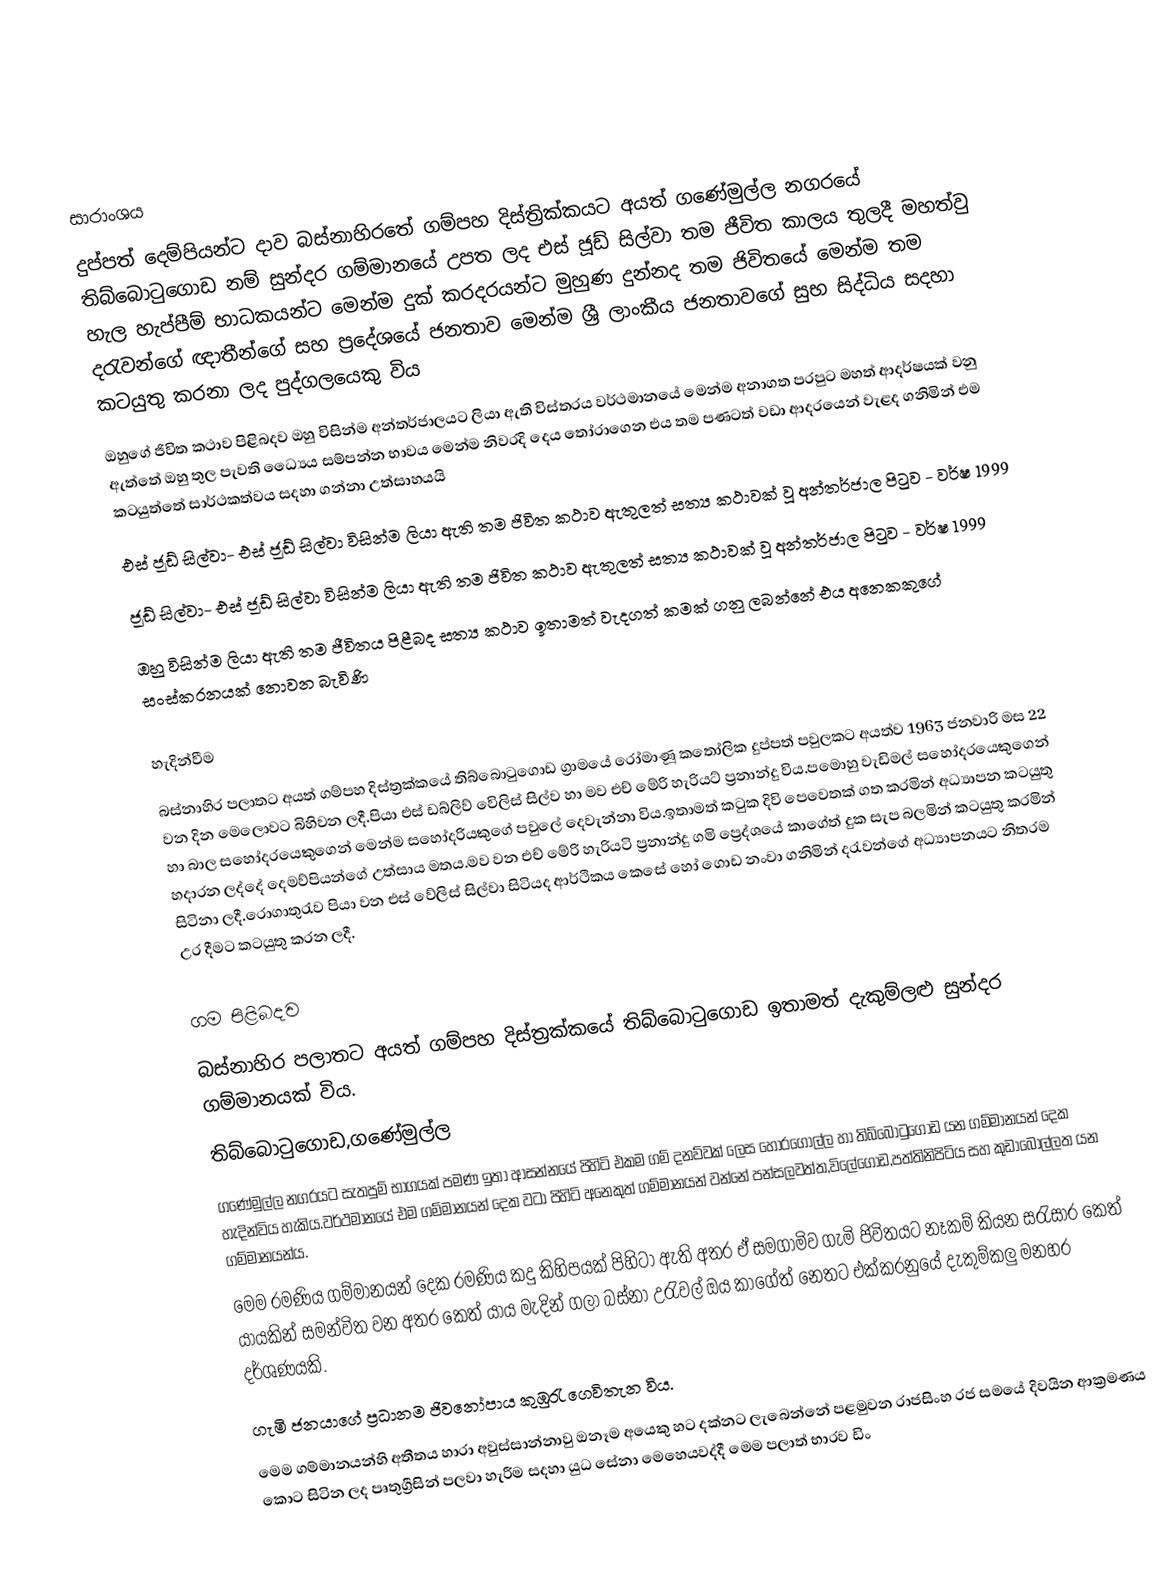

සාරාංශය
දුප්පත් දෙම්පියන්ට දාව බස්නාහිරතේ ගම්පහ දිස්ත්‍රික්කයට අයත් ගණේමුල්ල නගරයේ තිබ්බොටුගොඩ නම් සුන්දර ගම්මානයේ උපත ලද එස් ජූඩ් සිල්වා තම ජීවිත කාලය තුලදී මහත්වු හැල හැප්පීම් භාධකයන්ට මෙන්ම දුක් කරදරයන්ට මුහුණ දුන්නද තම ජිවිතයේ මෙන්ම තම දරැවන්ගේ ඥාතීන්ගේ සහ ප්‍රදේශයේ ජනතාව මෙන්ම ශ්‍රී ලාංකීය ජනතාවගේ සුභ සිද්ධිය සදහා කටයුතු කරනා ලද පුද්ගලයෙකු විය
ඔහුගේ ජිවිත කථාව පිළිබදව ඔහු විසින්ම අන්තර්ජාලයට ලියා ඇති විස්තරය වර්ථමානයේ මෙන්ම අනාගත පරපුට මහත් ආදර්ෂයක් වනු ඇත්තේ ඔහු තුල පැවති ධ්‍යෛය සම්පන්න භාවය මෙන්ම නිවරදි දෙය තෝරාගෙන එය තම පණටත්  වඩා ආදරයෙන් වැළද ගනිමින් එම කටයුත්තේ සාර්ථකත්වය සදහා ගන්නා උත්සාහයයි
 එස් ජූඩ් සිල්වා- එස් ජූඩ් සිල්වා විසින්ම ලියා ඇති තම ජිවිත කථාව ඇතුලත් සත්‍ය කථාවක් වූ අන්තර්ජාල පිටුව -  වර්ෂ 1999
 ජූඩ් සිල්වා- එස් ජූඩ් සිල්වා විසින්ම ලියා ඇති තම ජිවිත කථාව ඇතුලත් සත්‍ය කථාවක් වූ අන්තර්ජාල පිටුව -  වර්ෂ 1999
ඔහු විසින්ම ලියා ඇති තම ජීවිතය පිළීබද සත්‍ය කථාව ඉතාමත් වැදගත් කමක් ගනු ලබන්නේ එය අනෙකකුගේ සංස්කරනයක් නොවන බැවිණි

හැදින්වීම
බස්නාහිර පලාතට අයත් ගම්පහ දිස්ත්‍රක්කයේ තිබ්බොටුගොඩ ග්‍රාමයේ රෝමාණූ කතෝලික දුප්පත් පවුලකට අයත්ව 1963 ජනවාරි මස 22 වන දින  මෙලොවට බිහිවන ලදී.පියා එස් ඩබ්ලිව් වෙිලිස් සිල්ව හා මව එච් මේරි හැරියට් ප්‍රනාන්දු විය.පමොහු වැඩිමල් සහෝදරයෙකුගෙන් හා බාල සහෝදරයෙකුගෙන් මෙන්ම සහෝදරියකුගේ පවුලේ දෙවැන්නා විය.ඉතාමත් කටුක දිවි පෙවෙතක් ගත කරමින් අධ්‍යාපන කටයුතු හදාරන ලද්දේ දෙමව්පියන්ගේ උත්සාය මතය.මව වන එච් මේරි හැරියටි ප්‍රනාන්දු ගමි ප්‍රෙද්ශයේ කාගේත් දුක සැප බලමින් කටයුතු කරමින් සිටිනා ලදී.රොගාතුරැව පියා වන එස් වේලිස් සිල්වා සිටියද ආර්ථිකය කෙසේ හෝ ගොඩ නංවා ගනිමින් දරැවන්ගේ අධ්‍යාපනයට නිතරම උර දීමට කටයුතු කරන ලදී.

ගම පිළිබදව
බස්නාහිර පලාතට අයත් ගම්පහ දිස්ත්‍රක්කයේ තිබ්බොටුගොඩ ඉතාමත් දැකුම්ලළු සුන්දර ගම්මානයක් විය.
තිබ්බොටුගොඩ,ගණේමුල්ල
ගණේමුල්ල නගරයට සැතපුම් භාගයක් පමණ ඉතා ආසන්නයේ පිහිටි එකම ගම් දනව්වක් ලෙස හොරගොල්ල හා තිබ්බොටුගොඩ යන ගම්මානයන් දෙක හැදින්විය හැකිය.වර්ථමානයේ එම ගම්මානයන් දෙක වටා පිහිටි අනෙකුත් ගම්මානයන් වන්නේ පන්සලවත්ත,විලේගොඩ,පත්තිනිපිටිය සහ කුඩාබොල්ලත යන ගම්මානයන්ය.
මෙම රමණිය ගම්මානයන්  දෙක රමණිය කදු කිහිපයක් පිහිටා ඇති අතර ඒ සමගාමිව ගැමි ජිවිතයට නෑකම් කියන සරැසාර කෙත් යායකින් සමන්විත වන අතර කෙත් යාය මැදින් ගලා බස්නා උරැවල් ඔය කාගේත් නෙතට එක්කරනුයේ දැකුම්කලු මනහර දර්ශණයකි.
ගැමි ජනයාගේ ප්‍රධානම ජිවනෝපාය කුඹුරැ ගෙවිතැන විය.
මෙම ගම්මානයන්හි අතීතය හාරා අවුස්සාන්නාවු ඔනෑම අයෙකු හට දක්නට ලැබෙන්නේ පළමුවන රාජසිංහ රජ සමයේ  දිවයින ආක්‍රමණය කොට සිටින ලද පෘතුග්‍රීසින් පලවා හැරීම සදහා යුධ සේනා මෙහෙයවද්දී මෙම පලාත් භාරව ඩිං